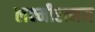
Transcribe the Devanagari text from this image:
लक्ष्मीरत्नम